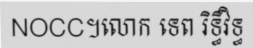
NOCC។លោក ទេព រិទ្ធីវិទ្ធ